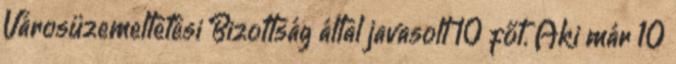
Városüzemeltetési Bizottság által javasolt 10 főt. Aki már 10